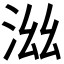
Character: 𣳯